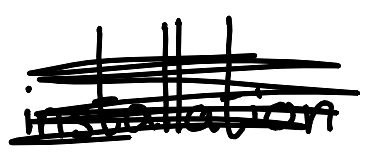
Text: installation
Cross-out: scratch
Writing tool: digital_black